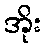
အိုး